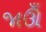
જાઊઁ